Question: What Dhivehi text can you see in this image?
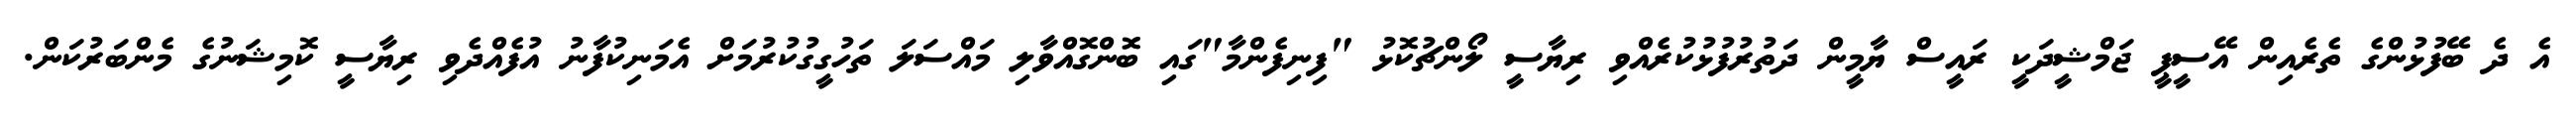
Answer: އެ ދެ ބޭފުޅުންގެ ތެރެއިން އޭސީޕީ ޖަމްޝީދަކީ ރައީސް ޔާމީން ދަތުރުފުޅުކުރެއްވި ރިޔާސީ ލޯންޗުކޮޅު "ފިނިފެންމާ"ގައި ބޮންގޮއްވާލި މައްސަލަ ތަހުގީގުކުރުމަށް އެމަނިކުފާނު އުފެއްދެވި ރިޔާސީ ކޮމިޝަނުގެ މެންބަރުކަން.